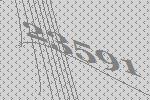
23591